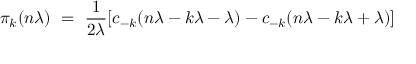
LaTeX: \pi _ { k } ( n \lambda ) \ = \ \frac { 1 } { 2 \lambda } [ c _ { - k } ( n \lambda - k \lambda - \lambda ) - c _ { - k } ( n \lambda - k \lambda + \lambda ) ]